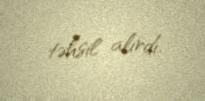
təhsil alırdı.